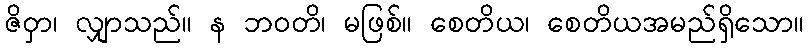
ဇိဝှာ၊ လျှာသည်။ န ဘဝတိ၊ မဖြစ်။ စေတိယ၊ စေတိယအမည်ရှိသော။